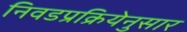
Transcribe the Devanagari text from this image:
निवडप्रक्रियेनुसार